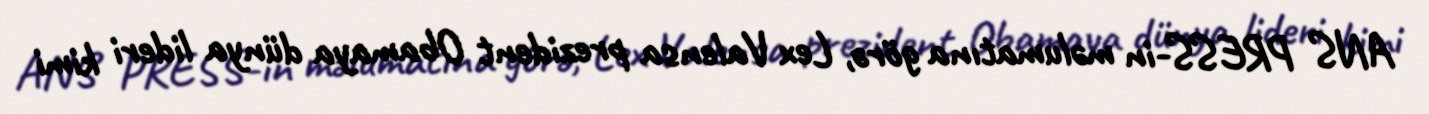
ANS PRESS-in məlumatına görə, Lex Valensa prezident Obamaya dünya lideri kimi